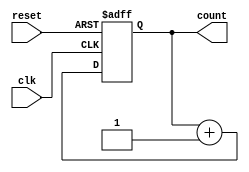
module ripple_counter (
    input wire clk,          // Clock input
    input wire reset,        // Asynchronous reset input
    output reg [n-1:0] count // n-bit counter output
);
    parameter n = 4; // Number of bits in the counter (adjust as needed)

    // T Flip-Flop behavior
    always @(posedge clk or posedge reset) begin
        if (reset) begin
            count <= 0; // Reset the counter to zero
        end else begin
            count <= count + 1; // Increment the counter
        end
    end
endmodule